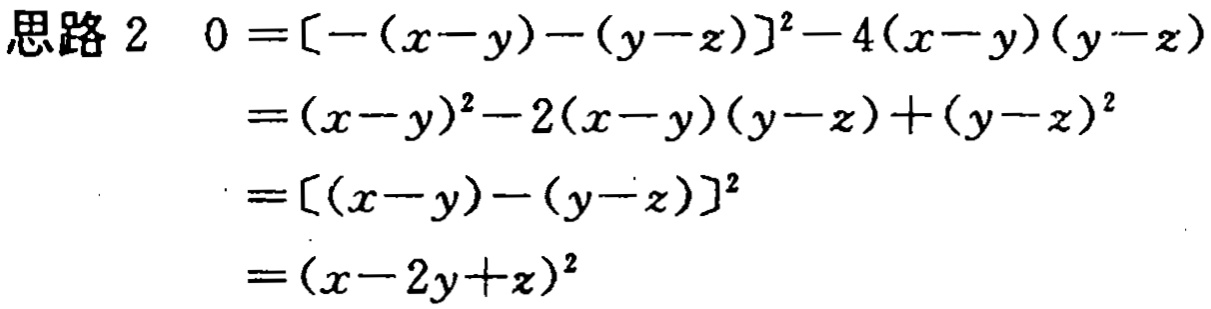
```
思路 2 \(0 =[-(x - y)-(y - z)]^{2}-4(x - y)(y - z)\)
\(=(x - y)^{2}-2(x - y)(y - z)+(y - z)^{2}\)
\(=[(x - y)-(y - z)]^{2}\)
\(=(x - 2y + z)^{2}\)
```